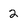
Character: 2